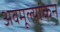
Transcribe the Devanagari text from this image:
अवमूल्यांकन